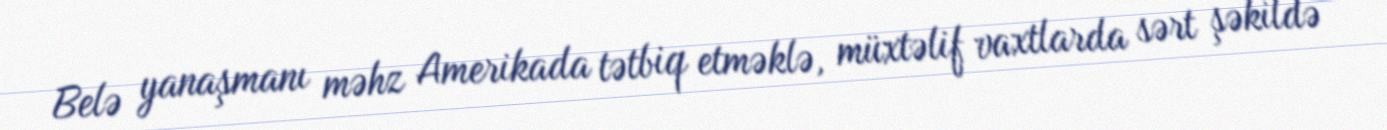
Belə yanaşmanı məhz Amerikada tətbiq etməklə, müxtəlif vaxtlarda sərt şəkildə